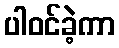
ပါဝင်ခဲ့ကာ